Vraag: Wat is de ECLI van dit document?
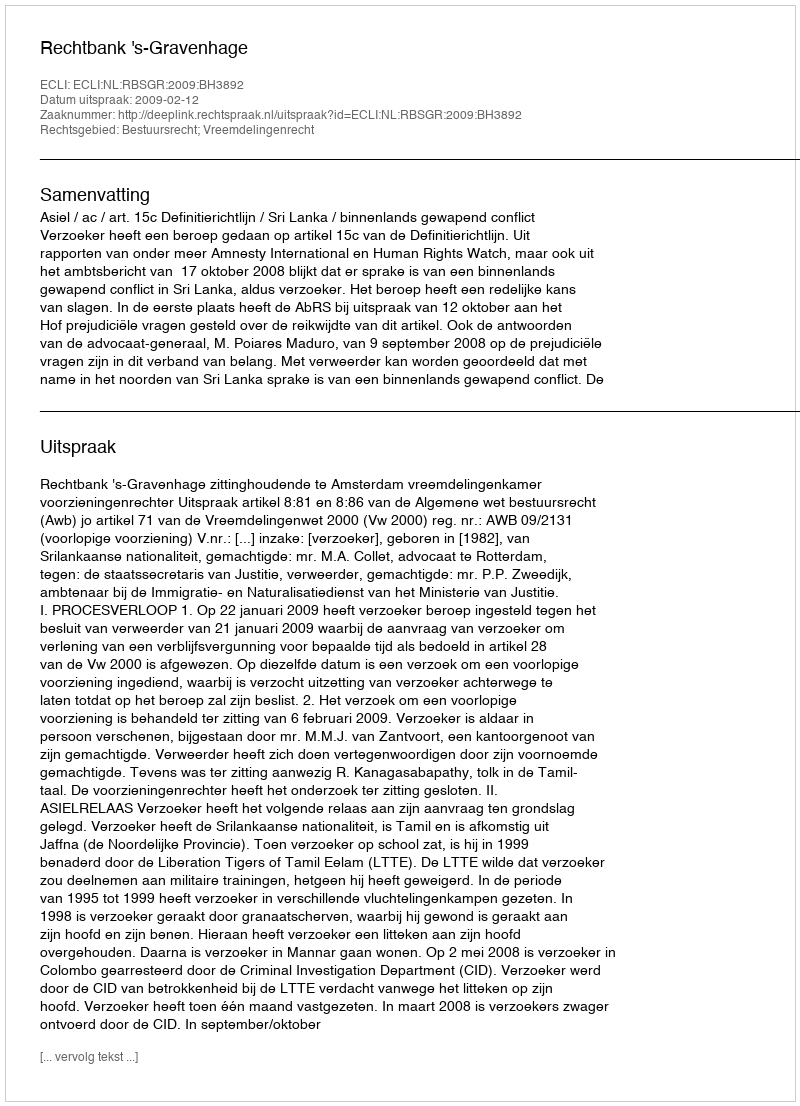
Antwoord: ECLI:NL:RBSGR:2009:BH3892